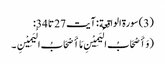
(3) سورة الواقعة : آیت 27 تا 34:
( وَ أَصْحَابُ الْیَمِیْنِ مَا أَصْحَابُ الْیَمِیْنِ ۔